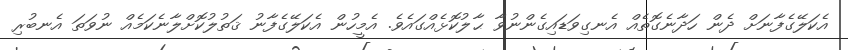
އެކަލޭގެފާނަށް ދެން ހަދާނެގޮތެއް އެނގިވަޑައިގެންނުވާ ޙާލުކޮޅެއްގައެވެ. އެމީހުން އެކަލޭގެފާނު ޤަތުލުކޮށްލާނެކަމެއް ނުވަތަ އެނބުރި